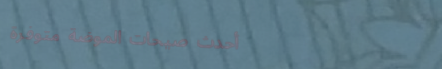
أحدث صيحات الموضة متوفرة